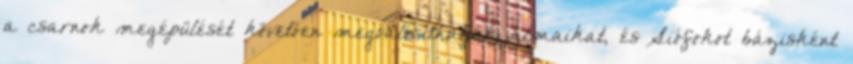
a csarnok megépülését követően megvalósíthatják álmaikat, és Siófokot bázisként